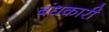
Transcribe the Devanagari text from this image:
बंधकारी